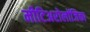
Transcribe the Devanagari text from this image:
मीटिअरोलॉजिका